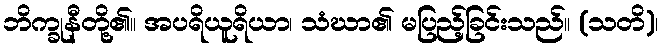
ဘိက္ခုနီတို့၏။ အပရိယူရိယာ၊ သံဃာ၏ မပြည့်ခြင်းသည်။ (သတိ)၊